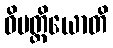
ဝိပတ္တိယောတိ